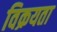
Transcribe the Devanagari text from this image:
विक्रयता